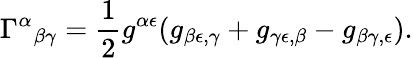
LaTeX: \Gamma^{\alpha}{}_{\beta\gamma}={\frac{1}{2}}g^{\alpha\epsilon}(g_{\beta\epsilon,\gamma}+g_{\gamma\epsilon,\beta}-g_{\beta\gamma,\epsilon}).